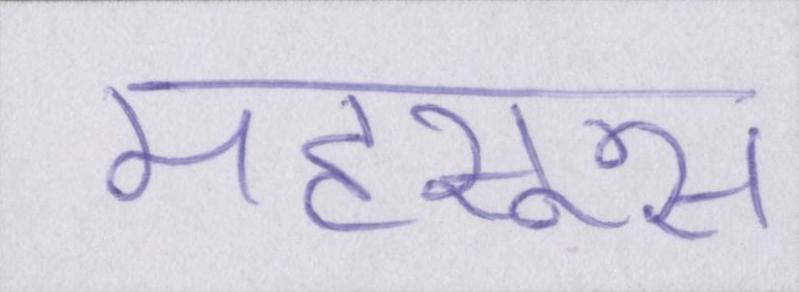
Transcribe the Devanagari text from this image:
महसूस